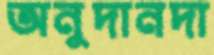
অনুদানদা